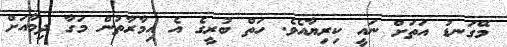
މޭގަނޑު އަތަށް ނައީ ކިރިޔާއެވެ. ހަތް ބުރީގެ އެ އިމާރާތުން މަގާ ދިމާއަށް